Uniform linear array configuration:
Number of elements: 4
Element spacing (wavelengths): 0.5
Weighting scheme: blackman
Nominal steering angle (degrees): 0
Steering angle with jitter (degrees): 1.54
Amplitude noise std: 0.05
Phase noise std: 0.05

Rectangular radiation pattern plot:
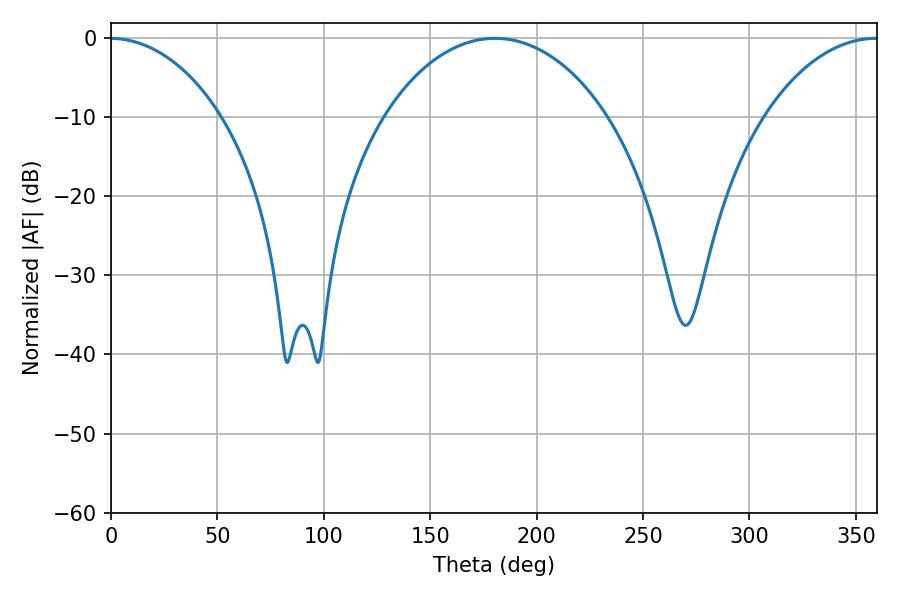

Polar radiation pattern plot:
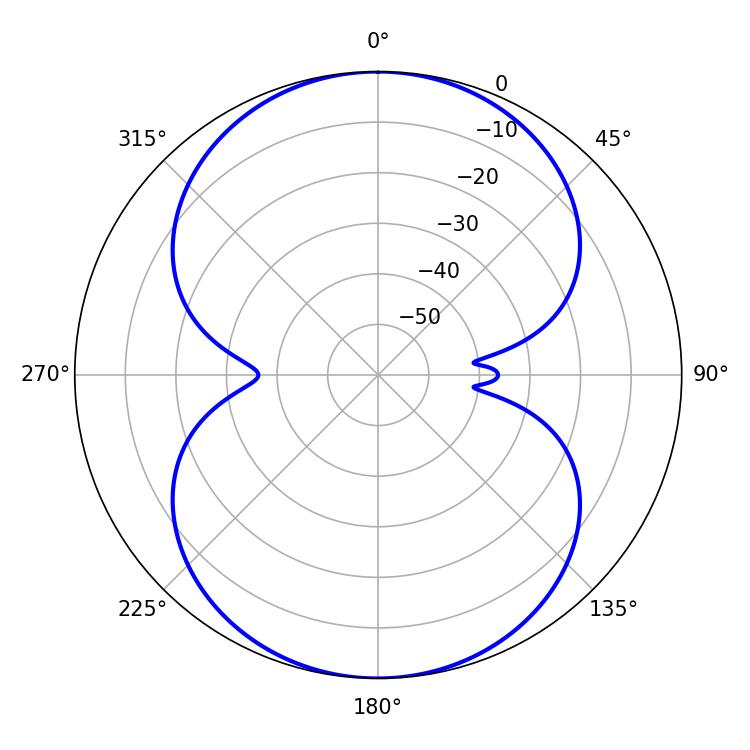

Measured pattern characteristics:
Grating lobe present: FALSE
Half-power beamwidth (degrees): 59.76
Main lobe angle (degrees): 180.54